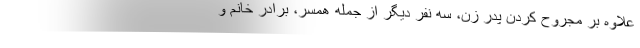
علاوه بر مجروح کردن پدر زن، سه نفر دیگر از جمله همسر، برادر خانم و